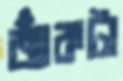
জাঁকটা